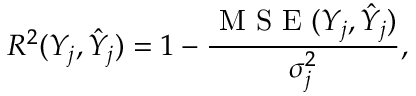
R ^ { 2 } ( Y _ { j } , \hat { Y } _ { j } ) = 1 - \frac { \mathrm { ~ M ~ S ~ E ~ } ( Y _ { j } , \hat { Y } _ { j } ) } { \sigma _ { j } ^ { 2 } } ,